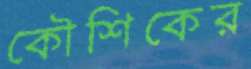
কৌশিকের